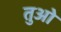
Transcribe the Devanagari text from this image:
तुओ